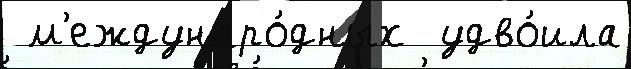
 м'еждунаро́дных  удво́ила